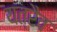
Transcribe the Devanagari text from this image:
यत्रैव